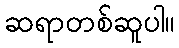
ဆရာတစ်ဆူပါ။